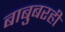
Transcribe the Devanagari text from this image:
बाबुबरही